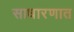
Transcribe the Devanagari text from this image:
साधारणात